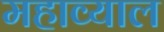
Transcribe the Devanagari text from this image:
महाव्याल